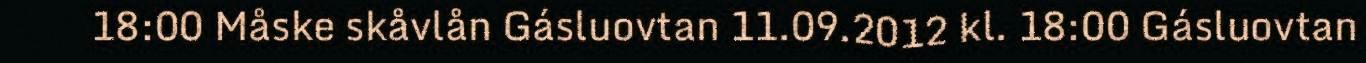
18:00 Måske skåvlån Gásluovtan 11.09.2012 kl. 18:00 Gásluovtan